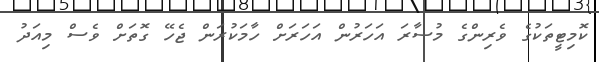
ކޮމިޓީތަކުގެ ވެރިންގެ މުސާރަ އަހަރުން އަހަރަށް ހާމަކުރަން ޖެހޭ ގޮތަށް ވެސް މިއަދު